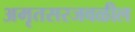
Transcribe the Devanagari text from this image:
अमृतसरजवळील